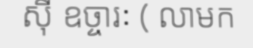
ស៊ី ឧច្ចារៈ ( លាមក